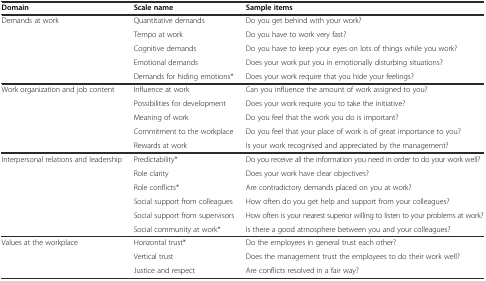
| Domain | Scale name | Sample items |
 | --- | --- | --- |
 | <ROWSPAN=5> Demands at work | Quantitative demands | Do you get behind with your work? |
 | Tempo at work | Do you have to work very fast? |
 | Cognitive demands | Do you have to keep your eyes on lots of things while you work? |
 | Emotional demands | Does your work put you in emotionally disturbing situations? |
 | Demands for hiding emotions* | Does your work require that you hide your feelings? |
 | <ROWSPAN=5> Work organization and job content | Influence at work | Can you influence the amount of work assigned to you? |
 | Possibilities for development | Does your work require you to take the initiative? |
 | Meaning of work | Do you feel that the work you do is important? |
 | Commitment to the workplace | Do you feel that your place of work is of great importance to you? |
 | Rewards at work | Is your work recognised and appreciated by the management? |
 | <ROWSPAN=6> Interpersonal relations and leadership | Predictability* | Do you receive all the information you need in order to do your work well? |
 | Role clarity | Does your work have clear objectives? |
 | Role conflicts* | Are contradictory demands placed on you at work? |
 | Social support from colleagues | How often do you get help and support from your colleagues? |
 | Social support from supervisors | How often is your nearest superior willing to listen to your problems at work? |
 | Social community at work* | Is there a good atmosphere between you and your colleagues? |
 | <ROWSPAN=3> Values at the workplace | Horizontal trust* | Do the employees in general trust each other? |
 | Vertical trust | Does the management trust the employees to do their work well? |
 | Justice and respect | Are conflicts resolved in a fair way? |